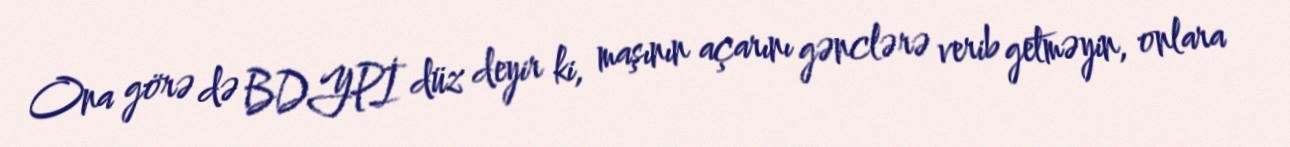
Ona görə də BDYPİ düz deyir ki, maşının açarını gənclərə verib getməyin, onlara